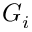
G _ { i }